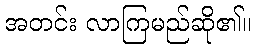
အတင်း လာကြမည်ဆို၏။